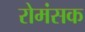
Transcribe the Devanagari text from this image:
रोमंसक